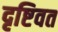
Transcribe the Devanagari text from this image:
दृष्टिवत